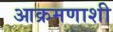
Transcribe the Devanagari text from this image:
आक्रमणाशी